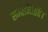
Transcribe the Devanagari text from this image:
सम्बन्धितहै।